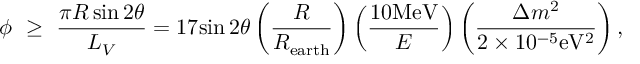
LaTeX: \phi ~ \geq ~ { \frac { \pi R \sin 2 \theta } { L _ { V } } } = 1 7 { \sin 2 \theta } \left( { \frac { R } { R _ { \mathrm { e a r t h } } } } \right) \left( { \frac { 1 0 \mathrm { M e V } } { E } } \right) \left( { \frac { \Delta m ^ { 2 } } { 2 \times 1 0 ^ { - 5 } \mathrm { e V ^ { 2 } } } } \right) ,